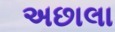
અછાલા